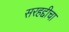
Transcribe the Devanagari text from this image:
सरहद्दीचा